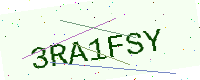
Text: 3RA1FSY